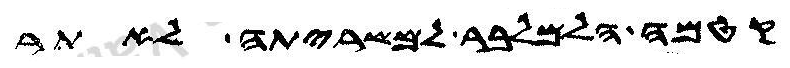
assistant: קטמה הלמלבר למשריתה לאתר